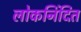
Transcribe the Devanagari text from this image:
लोकनिंदित